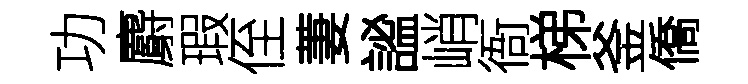
功麝瑕侄萋謐峭衙梯釜僑